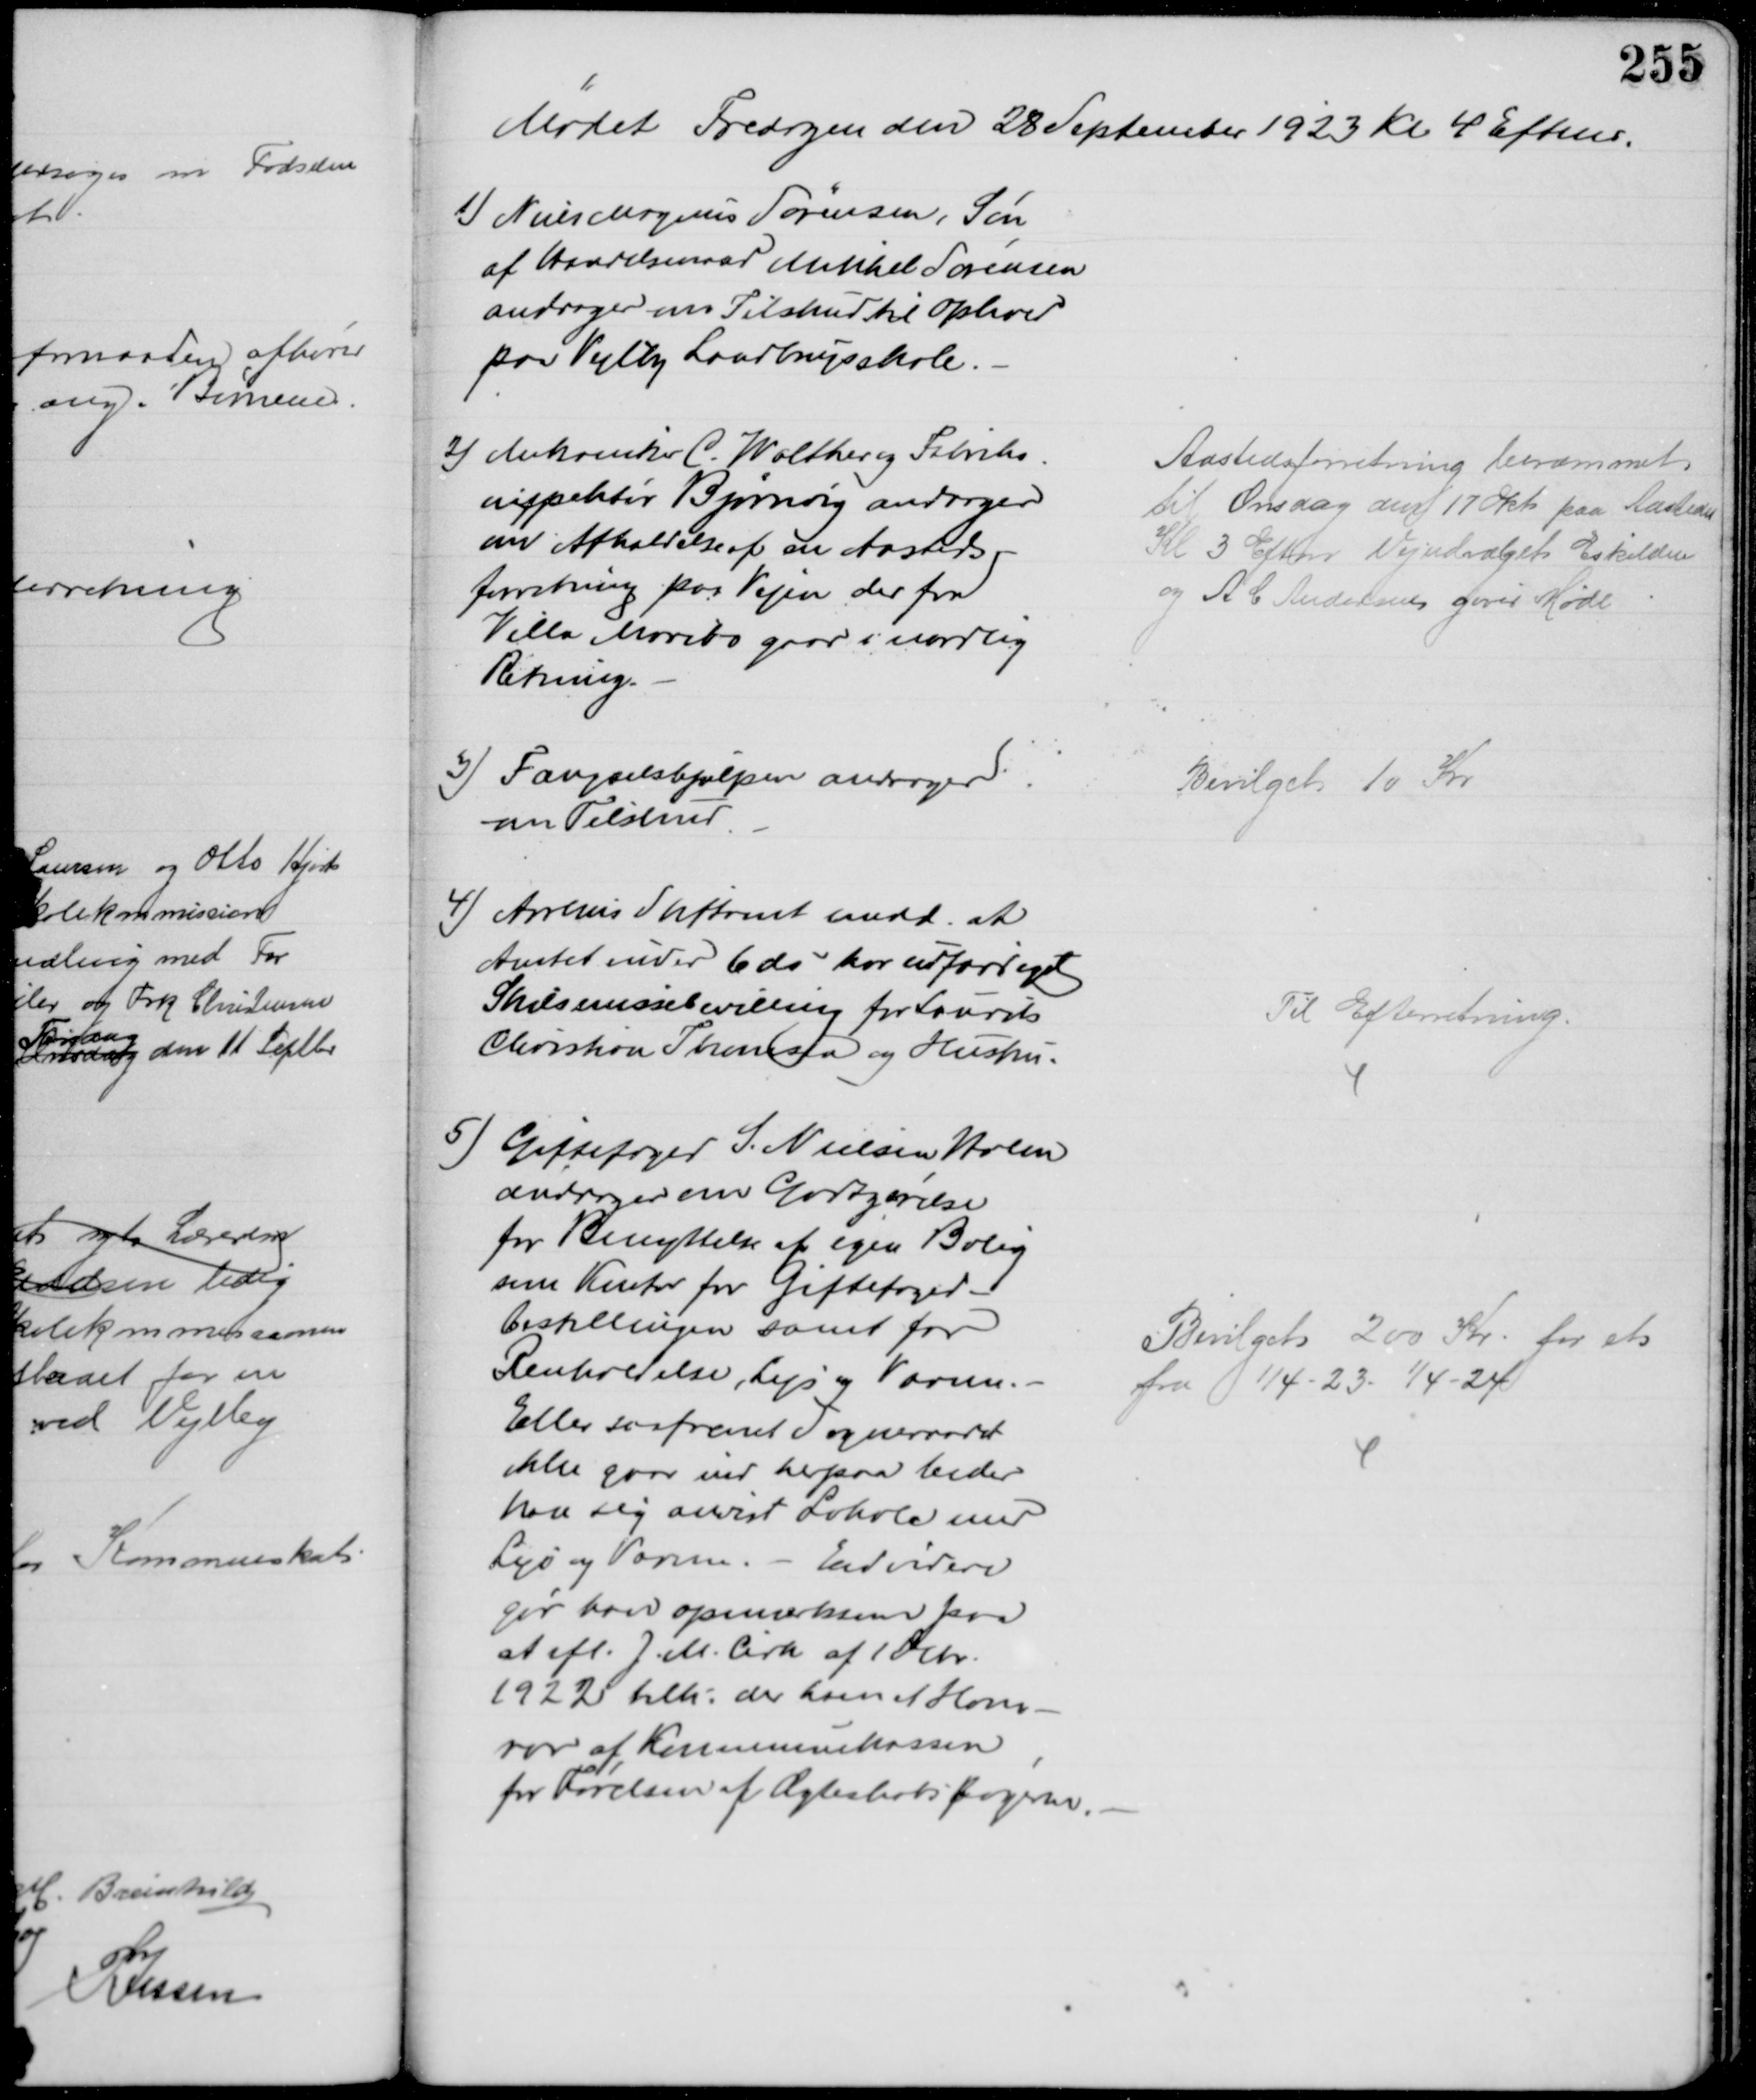
Transskription:
Mødet Fredagen den 28 September 1923 Kl 4 Eftm.
1) Niels Magnus Sørensen, Søn
af Handelsmand Mikkel Sørensen
andrager om Tilskud til Ophold
paa Vejlby Landbrugsskole.
2) Mekaniker C. Walther og Fabriks
inspekter Bjørnvig andrager
om Afholdelse af en Aasteds-
forretning paa Vejen der fra
Villa Maribo gaar i nordlig
Retning.
Aastedsforretning berammet
til Onsdag den 17 Okt paa Aastedet
Kl 3 Eftm Vejudvalget Eskildsen
og A C Andersen giver Møde
3) Fængselshjælpen andrager
om Tilskud
Bevilget 10 Kr
4) Aarhus Stiftamt medd. at
Amtet under 6 ds har udfærdiget
Skilsmissebevilling for Laurits 
Christian Thomsen og Hustru.
Til Efterretning.
5)
Giftefoged S. Nielsen Holm
andrager om Godtgørelse
for Benyttelse af egen Bolig
som Kontor for Giftefoged-
bestillingen samt for
Renholdelse, Lys og Varme.
Eller saafremt Sogneraadet
ikke gaar ind herpaa beder
han sig anvist Lokale med
Lys og Varme. - Endvidere
gør han opmærksen paa
at ifl. J. M. Cirk af 1 Dcbr.
1922 tilk. der ham et Hono-
rar af Kommunekassen
for Førelsen af Ægteskabsbøgerne.
Bevilget 200 Kr. for et
fra 1/4 - 23 - 1/4 - 24